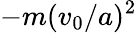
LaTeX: -m(v_{0}/a)^{2}